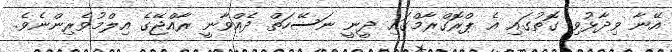
އޭނާ ވިދާޅުވި ގޮތުގައި އެ ޕްރޮގްރާމްގައި ދީނީ ނަސޭހަތް ދެއްވާނީ ރާއްޖޭގެ އިލްމުވެރިންނެވެ.